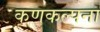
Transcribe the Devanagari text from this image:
कणकल्पना